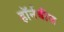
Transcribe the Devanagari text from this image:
हॉर्नबीस